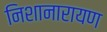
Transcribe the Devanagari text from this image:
निशानारायण